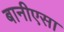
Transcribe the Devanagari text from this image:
बानीएसा